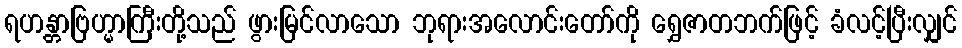
ရဟန္တာဗြဟ္မာကြီးတို့သည် ဖွားမြင်လာသော ဘုရားအလောင်းတော်ကို ရွှေဇာတဘက်ဖြင့် ခံလင့်ပြီးလျှင်